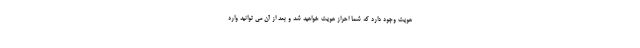
هویت وجود دارد که شما احراز هویت خواهید شد و بعد از آن می توانید وارد